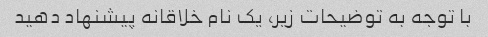
با توجه به توضیحات زیر، یک نام خلاقانه پیشنهاد دهید